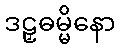
ဒဠှဓမ္မိနော